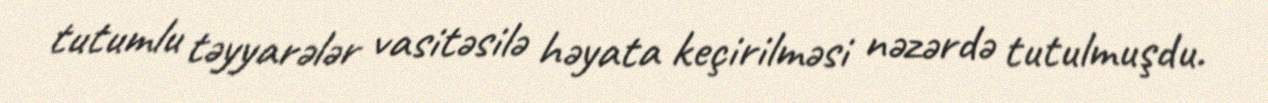
tutumlu təyyarələr vasitəsilə həyata keçirilməsi nəzərdə tutulmuşdu.